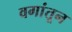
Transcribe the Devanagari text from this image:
वगांतून